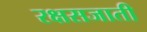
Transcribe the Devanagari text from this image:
रक्षसजाती